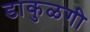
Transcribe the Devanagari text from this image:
डाकुळगी